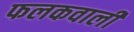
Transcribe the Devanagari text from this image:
फलकवाली